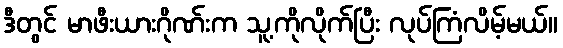
ဒီတွင် မာဖီးယားဂိုဏ်းက သူ့ကိုလိုက်ပြီး လုပ်ကြံလိမ့်မယ်။